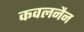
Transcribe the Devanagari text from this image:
कवलनैन